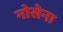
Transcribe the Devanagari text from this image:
नोसेना